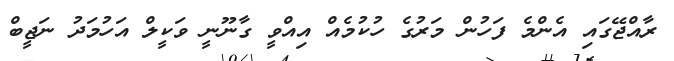
ރާއްޖޭގައި އެންމެ ފަހުން މަރުގެ ހުކުމެއް އިއްވީ ގާނޫނީ ވަކީލް އަހުމަދު ނަޖީބް